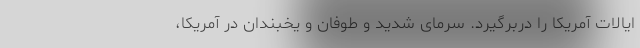
ایالات آمریکا را دربرگیرد. سرمای شدید و طوفان و یخبندان در آمریکا،